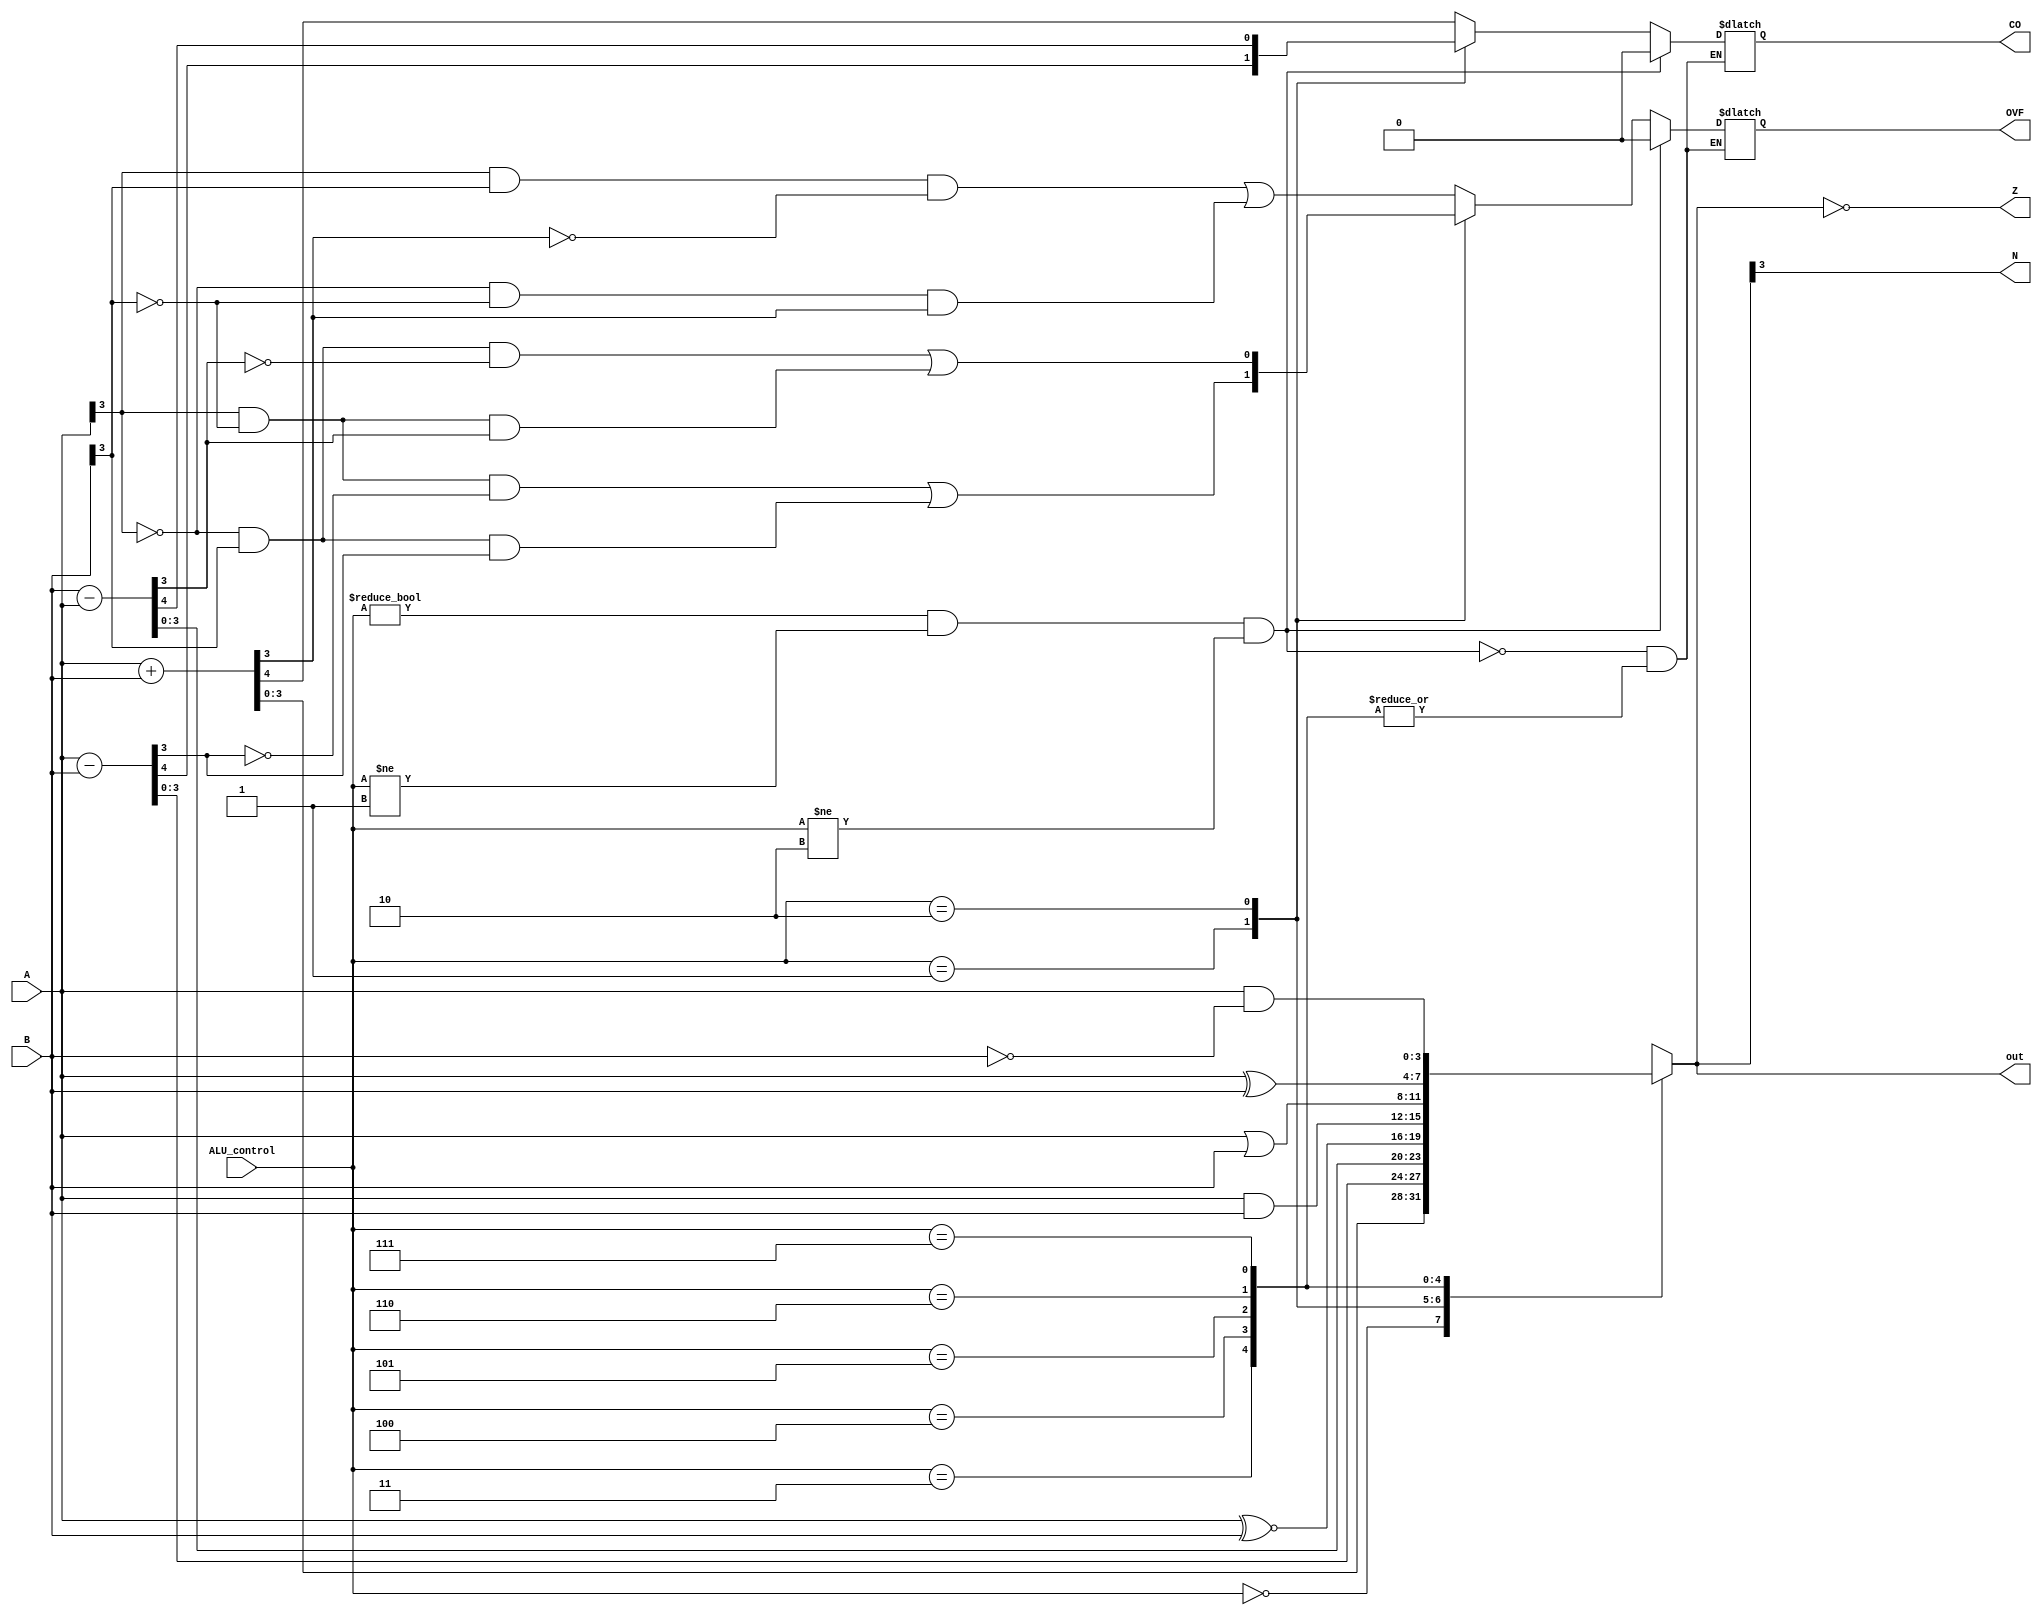
module alu #(parameter W = 4) (
	// Inputs
	A, B,
	// Outputs
	out, CO, OVF, Z ,N,
	// Control Signal
	ALU_control);
	// Inputs
	input [W-1:0] A;
	input [W-1:0]  B;
	// Outputs
	output reg[W-1:0] out;
	output reg CO, OVF, Z ,N;
	// Signal
	input[2:0] ALU_control;
	
	always@(*)
	begin
		case (ALU_control)
			// Arithmetic operations
			3'b000: begin
						{CO,out} = A + B;
						OVF = (A[W-1] & B[W-1] & !out[W-1])| (!A[W-1] & !B[W-1] & out[W-1]);
					  end	
			3'b001: begin
						{CO,out} = A - B;	
						OVF = (A[W-1] & !B[W-1] & !out[W-1])| (!A[W-1] & B[W-1] & out[W-1]);
					  end
			3'b010: begin
						{CO,out} = B - A;
						OVF = (B[W-1] & !A[W-1] & !out[W-1])| (!B[W-1] & A[W-1] & out[W-1]);
					  end

			// Logic operations	
			3'b011: out = A ~^ B;
			3'b100: out = A & B;	
			3'b101: out = A | B;	
			3'b110: out = A ^ B;	
			3'b111: out = A & ~B;

		endcase
		
		
		//OVF = ({CO,out[W-1]} == 2'b01)|({CO,out[W-1]} == 2'b10);
		

		if((ALU_control != 3'b000) && (ALU_control != 3'b001) && (ALU_control != 3'b010))
			begin
				CO = 1'b0;
				OVF = 1'b0;
			end
		
		N = out[W-1];
		Z = out=={W{1'b0}};
	end
endmodule